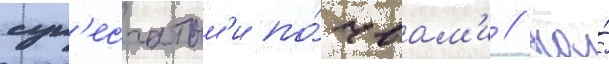
суп'есчатым'и по́чвам'и // На́